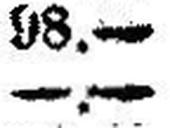
—.—